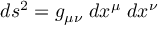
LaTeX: d s ^ { 2 } = g _ { \mu \nu } \; d x ^ { \mu } \; d x ^ { \nu }